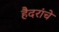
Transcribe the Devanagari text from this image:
हैदरांचे